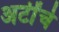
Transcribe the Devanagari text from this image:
अटींचे